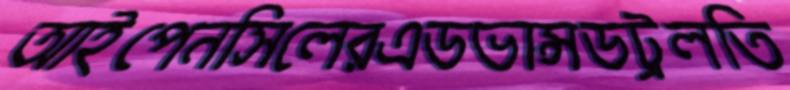
আইপেনসিলেরএডভান্সডট্রলতি